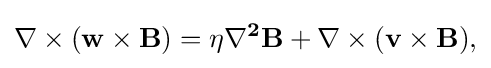
\nabla \times ({\bf {{w}\times {\bf {{B})=\eta \nabla ^{2}{\bf {{B}+\nabla \times ({\bf {{v}\times {\bf {{B}),}}}}}}}}}}